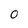
Character: O